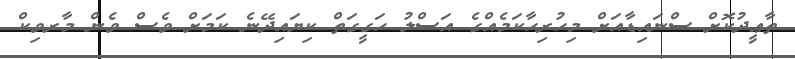
ތާޢީދުކޮށް ސްނައިޑާއަށް މިހުރިހާކަމެއްގެ އަސްލު ހަގީގަތް ކިޔައިދޭނެ ކަމަށް ވެސް ވެން މާރވިކް